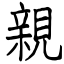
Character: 親